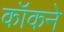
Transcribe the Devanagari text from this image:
कॉकने